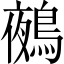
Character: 鵺